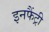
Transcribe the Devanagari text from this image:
इनफैंट्री